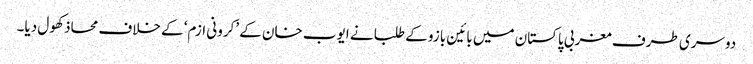
دوسری طرف مغربی پاکستان میں بائین بازو کے طلبا نے ایوب خان کے ’کرونی ازم‘ کے خلاف محاذ کھول دیا۔